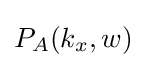
P_{A}(k_{x},w)